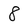
Character: 8